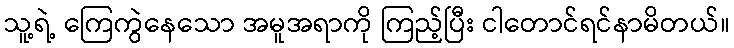
သူ့ရဲ့ ကြေကွဲနေသော အမူအရာကို ကြည့်ပြီး ငါတောင်ရင်နာမိတယ်။